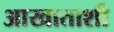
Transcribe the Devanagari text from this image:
आखाताशी